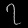
Digit: ၇